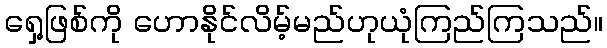
ရှေ့ဖြစ်ကို ဟောနိုင်လိမ့်မည်ဟုယုံကြည်ကြသည်။